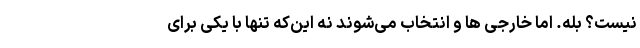
نیست؟ بله. اما خارجی ها و انتخاب می‌شوند نه این‌که تنها با یکی برای